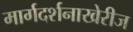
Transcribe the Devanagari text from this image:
मार्गदर्शनाखेरीज